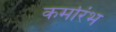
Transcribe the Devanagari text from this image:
कर्मारंभ